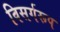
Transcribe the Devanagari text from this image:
विसर्गरूप